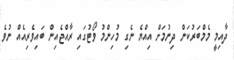
ދާއިމީ މެމްބަރުކަން ދިނުމަށް އިއްޔެ ނެގި މުހިންމު ވޯޓުގައި ރާއްޖެއިން ބައިވެރިއެއް ނުވެ